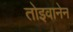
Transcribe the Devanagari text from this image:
तोइवानेन